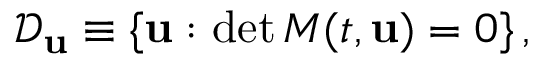
\mathcal { D } _ { \mathbf { u } } \equiv \{ { \mathbf { u } } : \operatorname* { d e t } M ( t , { \mathbf { u } } ) = 0 \} \, ,